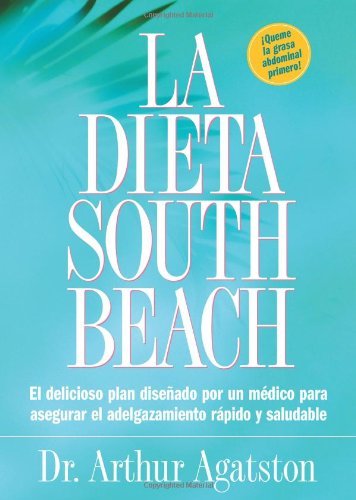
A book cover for La Dieta South Beach: El delicioso plan disenado por un medico para asegurar el adelgazamiento rapido y saludable (The South Beach Diet) (Spanish Edition) [Paperback] [2004] (Author) Arthur Agatston; Health, Fitness & Dieting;